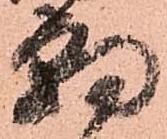
朝